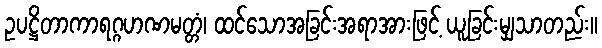
ဥပဋ္ဌိတာကာရဂ္ဂဟဏမတ္တံ၊ ထင်သောအခြင်းအရာအားဖြင့် ယူခြင်းမျှသာတည်း။